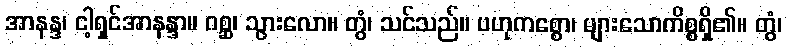
အာနန္ဒ၊ ငါ့ရှင်အာနန္ဒာ။ ဂစ္ဆ၊ သွားလော။ တွံ၊ သင်သည်။ ဗဟုကစ္စော၊ များသောကိစ္စရှိ၏။ တွံ၊